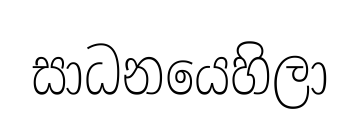
සාධනයෙහිලා